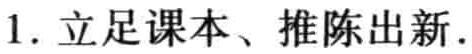
1. 立足课本、推陈出新.